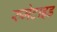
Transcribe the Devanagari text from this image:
रुमेटाइड